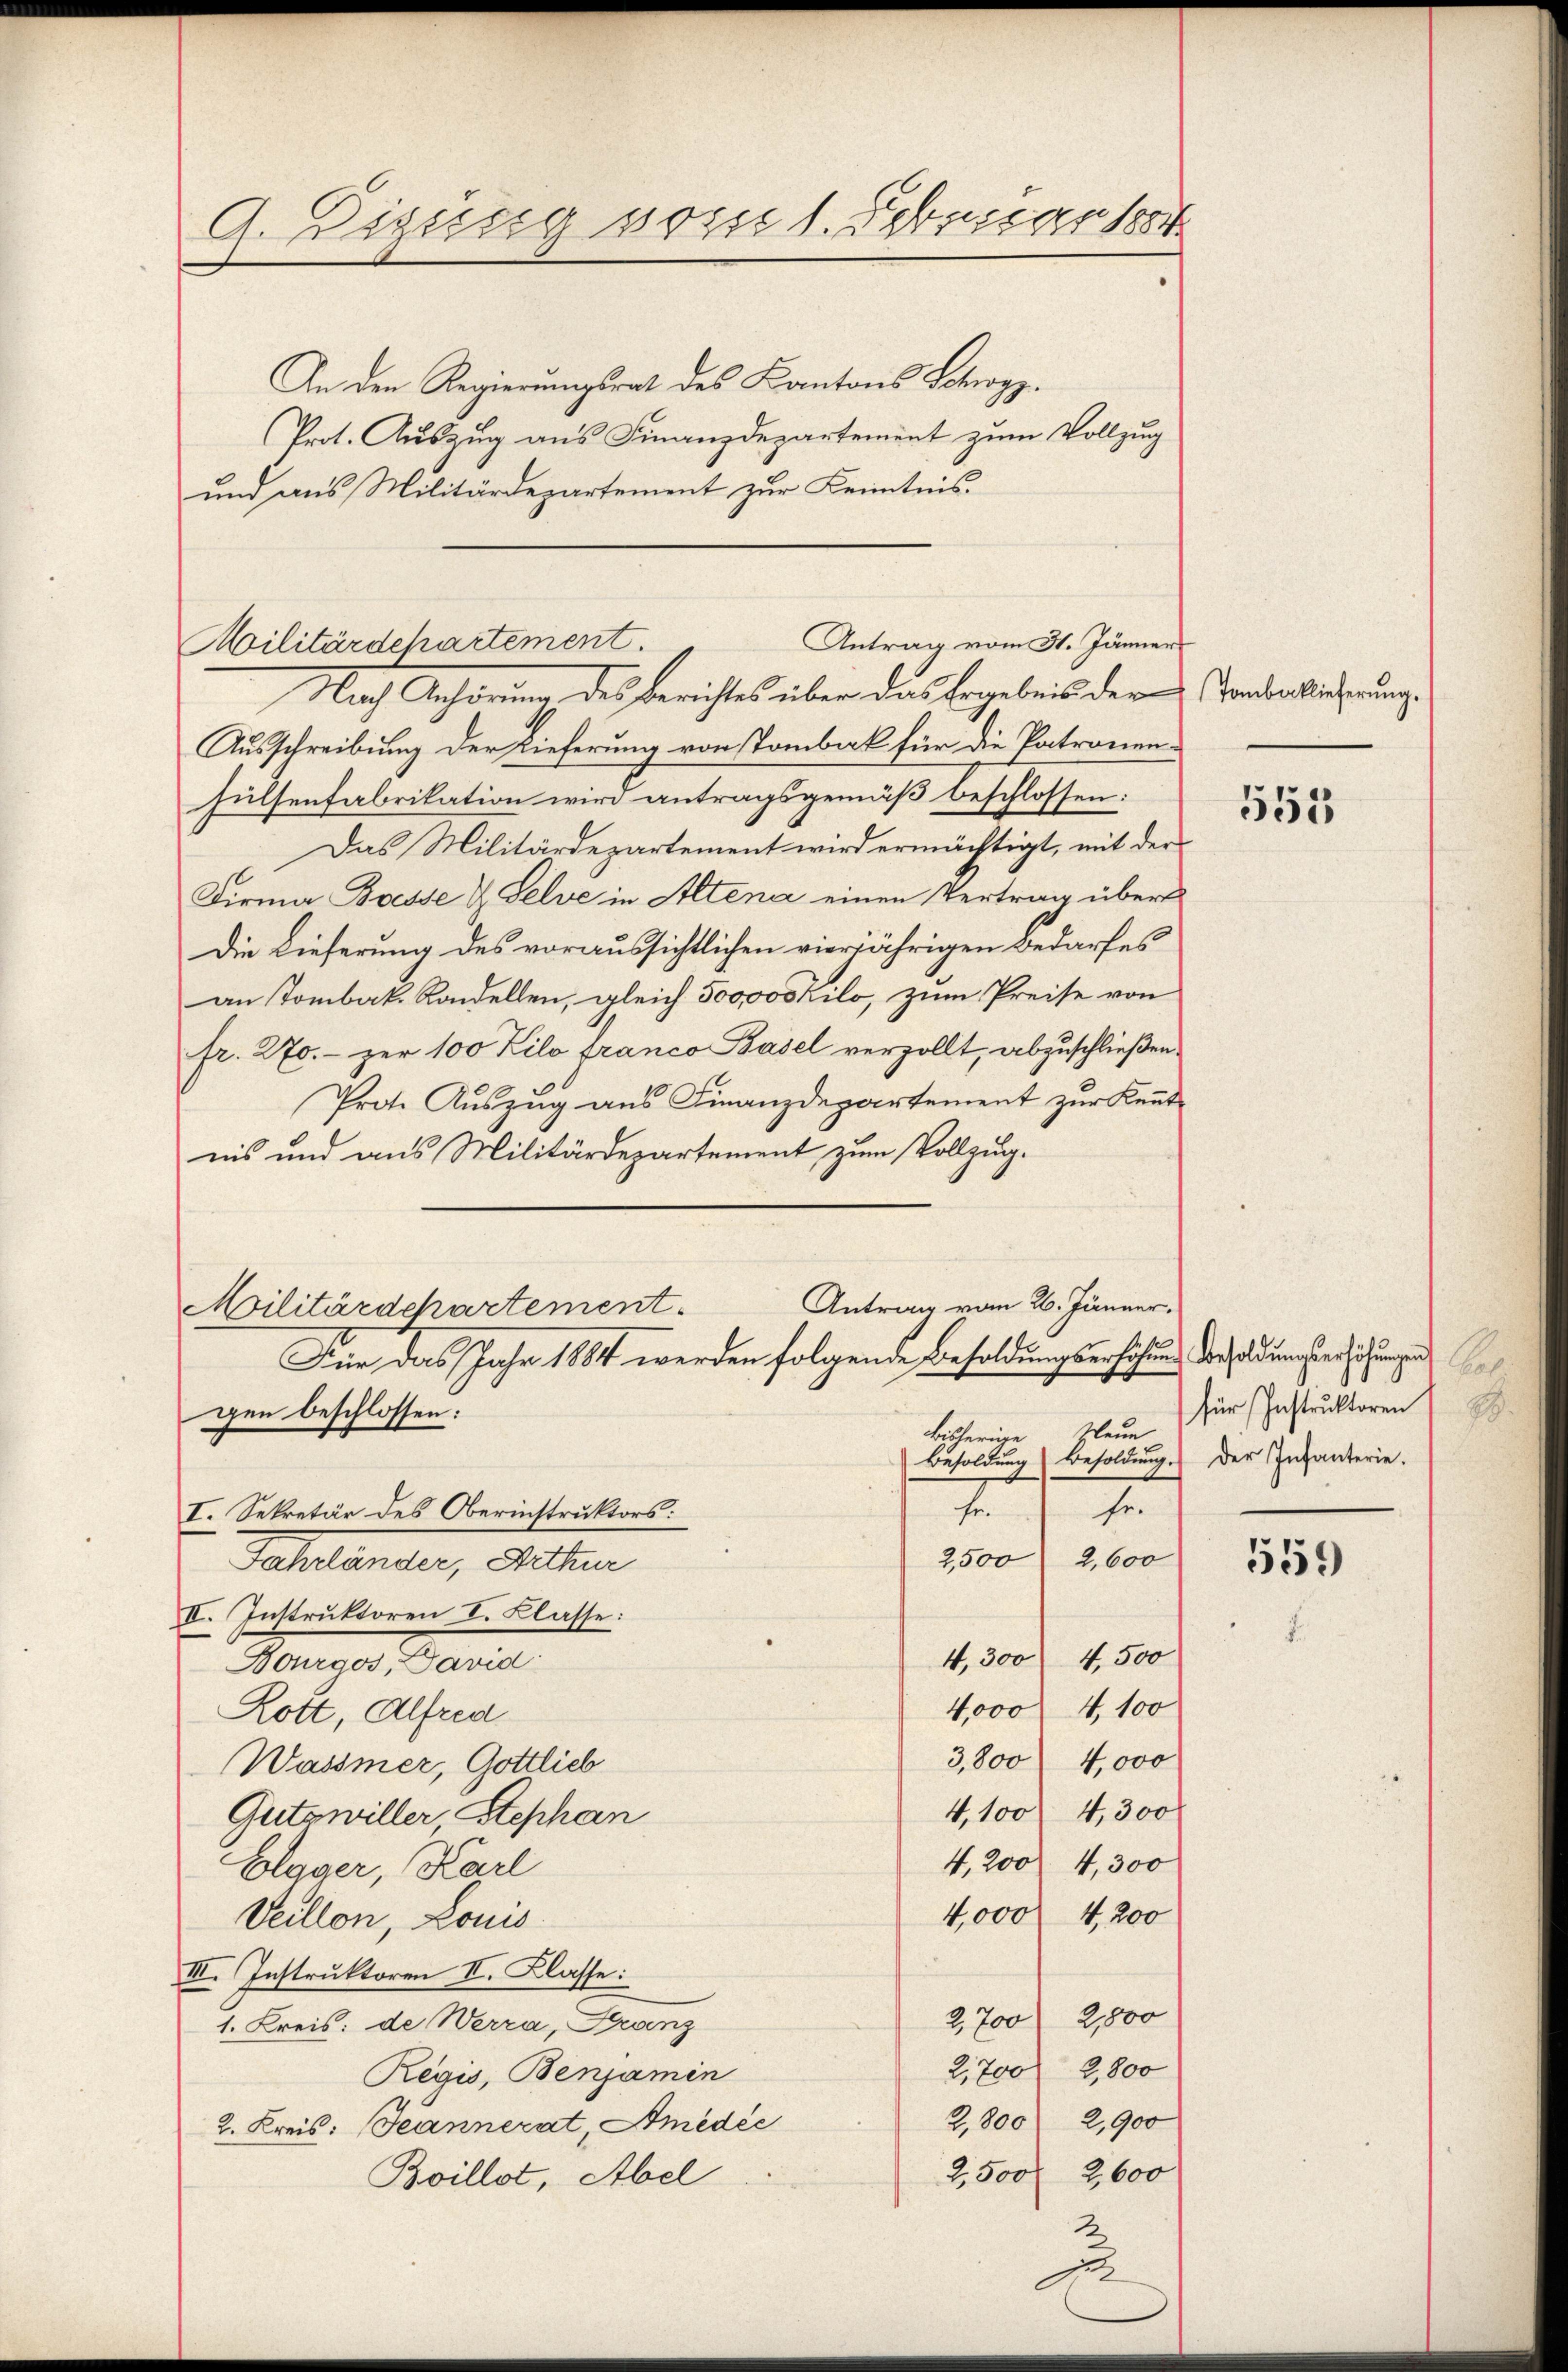
9. Digung vom 1. Februar 1884

An den Regierungsrat des Kantons Schwyz.
Prot. Auszug aus Finanzdepartement zum Vollzug
und aus Militärdepartement zur Kenntnis.

Nach Anhörung des Berichtes über das Ergebnis der Standentlicherung
Ausschreibung der Lieferung von Tombak für die Patronenhülsenfabrikation wird antragsgemäß beschlossen:
Das Militärdepartement wird ermächtigt, mit der
Firma Bosse & Selve in Altena einen Vertrag über
Die Lieferung des voraussichtlichen vierjährigen Bedarfes
an Tombak. Kandellen, gleich 500,000 Kilo, zum Preise von
fr. 270. - zur 100 Kilo sranco Basel verzollt, abzuschließen.
Prote Auszug aus Finanzdepartement zur Kenntnis und aus Militärdepartement zum Vollzug.
Antrag vom 26. Jänner,

Antrag vom 31. Jänner
Militärdepartement.

Militärdepartement.
Für das Jahr 1884 werden folgende Besoldungserhöhung Vorsoldungserhöhungen

gen beschlossen:
Plaue
bisherige
Besoldung
se.
7
I. Sekretär des Oberinstruktors:
2,500 2,600
Fahrländer, Arthur
II. Instruktoren I. Klasse:
4,300 4,500
Bourgos, David
4,000 4,100
Lott, Alfred
3,800 4,000
Wassmer, Gottlieb
4,100 f 4,300
Gutswiller Stephan
4,200 4,300
Elager, Karl
4,000 f 4,200
Veillon, Louis
III. Instruktoren II. Klasse:
2,700 2,800
1. Kreis: de Werra, Franz
2,700 2,800
Regis, Benjamin
2,800 2,900
2. Kreis: Jeannerat, Amedic
2,500 2,600
Boillot, Abel
2

555

1
für Instruktoren
Besoldung.) Der Infanterie.

559